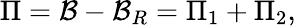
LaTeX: \Pi={\cal B}-{\cal B}_{R}=\Pi_{1}+\Pi_{2},